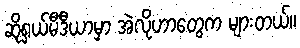
ဆိုရှယ်မီဒီယာမှာ အဲလိုဟာတွေက များတယ်။